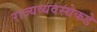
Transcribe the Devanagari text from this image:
राज्यव्यवस्थेकडे